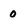
Character: 0